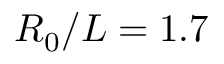
R _ { 0 } / L = 1 . 7